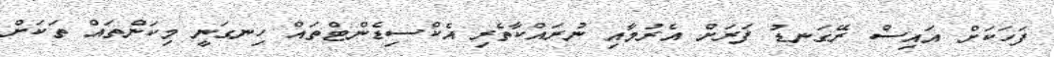
ފަހަކަށް އައިސް ރޭގަނޑު ފަރަށް އެރުމާއި ނުރައްކާތެރި އެކްސިޑެންޓްތައް ހިނގަނީ މިކަންތައް ތަކަށް